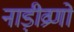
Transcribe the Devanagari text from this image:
नाड़ीव्रणों